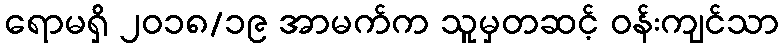
ရောမရှိ ၂၀၁၈/၁၉ အာမက်က သူမှတဆင့် ဝန်းကျင်သာ